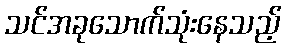
သင်အခုသောက်သုံးနေသည့်